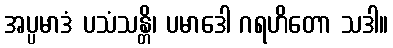
အပ္ပမာဒံ ပသံသန္တိ၊ ပမာဒေါ ဂရဟိတော သဒါ။